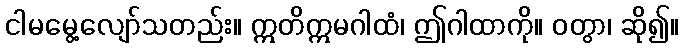
ငါမမွေ့လျော်သတည်း။ ဣတိဣမဂါထံ၊ ဤဂါထာကို။ ဝတွာ၊ ဆို၍။